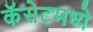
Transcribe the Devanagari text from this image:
कॅसेटमध्ये